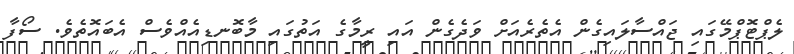
ލެޕްޓޮޕްމޭގައި ޖައްސާލައިގެން އެތެރެއަށް ވަދެގެން އައި ރީމާގެ އަތުގައި މާބޮނޑިއެއްވެސް އެބައޮތެވެ. ސޯފާ